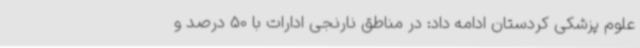
علوم پزشکی کردستان ادامه داد: در مناطق نارنجی ادارات با 50 درصد و